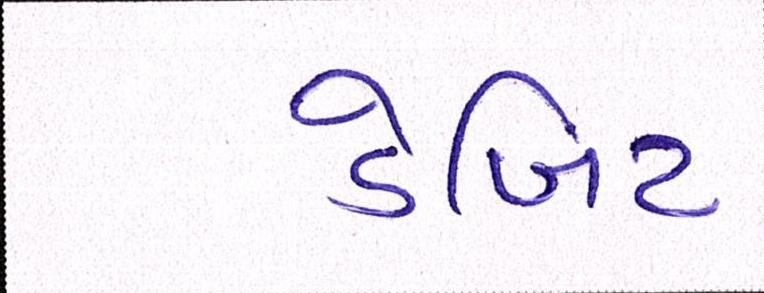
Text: ડેબિટ